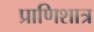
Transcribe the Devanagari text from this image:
प्राणिशात्र